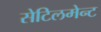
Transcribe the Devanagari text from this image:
सेटिलमेन्ट